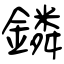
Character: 鏻